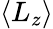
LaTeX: \left\langle L_{z}\right\rangle